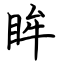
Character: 眸